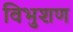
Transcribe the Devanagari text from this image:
विभुशण